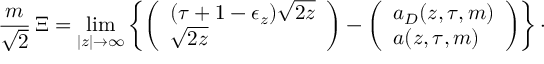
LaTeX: { \frac { m } { \sqrt { 2 } } } \, \Xi = \operatorname * { l i m } _ { | z | \rightarrow \infty } \left\lbrace \left( \begin{array} { l } { { ( \tau + 1 - \epsilon _ { z } ) \sqrt { 2 z } } } \\ { { \sqrt { 2 z } } } \end{array} \right) - \left( \begin{array} { l } { { a _ { D } ( z , \tau , m ) } } \\ { { a ( z , \tau , m ) } } \end{array} \right) \right\rbrace \cdotp